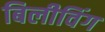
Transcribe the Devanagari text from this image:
बिलीविंग